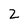
Character: 2